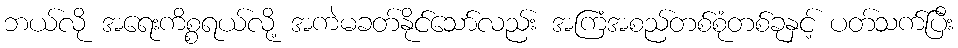
ဘယ်လို အရေးကိစ္စရယ်လို့ အကဲမခတ်နိုင်သော်လည်း အကြံအစည်တစ်စုံတစ်ခုနှင့် ပတ်သက်ပြီး